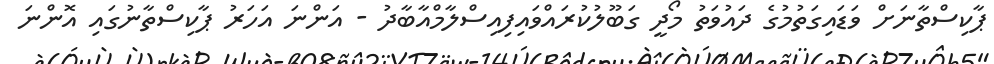
ޕާކިސްތާނަށް ވަޑައިގަތުމުގެ ދައުވަތު މޯދީ ގަބޫލުކުރައްވައިފިއިސްލާމްއާބާދު - އަންނަ އަހަރު ޕާކިސްތާނުގައި އޮންނަ